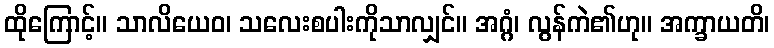
ထိုကြောင့်။ သာလိယေဝ၊ သလေးစပါးကိုသာလျှင်။ အဂ္ဂံ၊ လွန်ကဲ၏ဟု။ အက္ခာယတိ၊